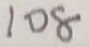
1 0 8